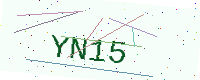
Text: YN15